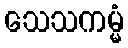
သေသကမ္မံ